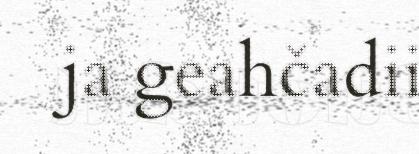
ja geahčadii